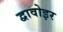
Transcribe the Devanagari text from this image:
द्वावोइर